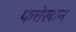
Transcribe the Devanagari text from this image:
फत्तेखान